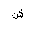
Letter: _shin